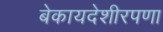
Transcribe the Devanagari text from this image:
बेकायदेशीरपणा